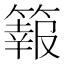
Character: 𥴆